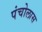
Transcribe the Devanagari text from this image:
पंचोलास